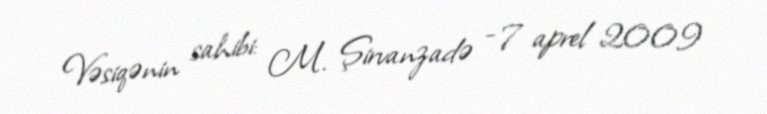
Vəsiqənin sahibi: M. Şirvanzadə - 7 aprel 2009